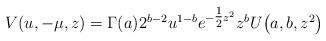
LaTeX: \begin{gather*} V(u,-\mu,z)=\Gamma(a)2^{b-2}u^{1-b}e^{-\tfrac12 z^2} z^b U\big(a,b,z^2\big)\end{gather*}